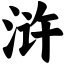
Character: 浒